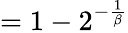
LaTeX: =1-2^{-{\frac{1}{\beta}}}